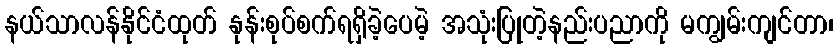
နယ်သာလန်နိုင်ငံထုတ် နုန်းစုပ်စက်ရရှိခဲ့ပေမဲ့ အသုံးပြုတဲ့နည်းပညာကို မကျွမ်းကျင်တာ၊